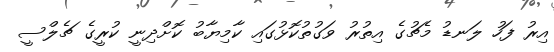
އިރު ފަހު ލަނޑު މެޗުގެ އިތުރު ވަގުތުކޮޅުގައި ކާމިޔާބު ކޮށްދިނީ ކުރީގެ ޗެލްސީ